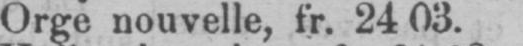
Orge nouvelle, fr. 24 03.